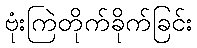
ဗုံးကြဲတိုက်ခိုက်ခြင်း